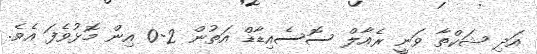
އަދި ޝަކްތާ ވަނީ ރެއާލް ސޮސެއިޑާޑް އަތުން 2-0 އިން މޮޅުވެފަ އެވެ.